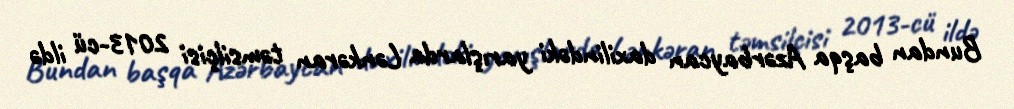
Bundan başqa Azərbaycan daxilindəki yarışlarda Lənkəran təmsilçisi 2013-cü ildə